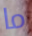
ما